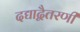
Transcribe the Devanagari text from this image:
दद्याद्वैतरणीं